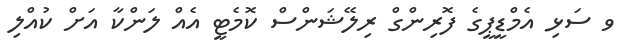
ވ ސަޅި އެމްޑީޕީގެ ފޮރިންގް ރިލޭޝަންސް ކޮމެޓީ އެއް ލަންކާ އަށް ކުއްލި